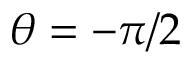
\theta = - \pi / 2